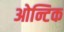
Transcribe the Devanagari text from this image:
ओन्टिक